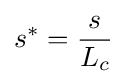
s^{*}={\frac {s}{L_{c}}}